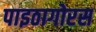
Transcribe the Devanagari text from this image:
पाइठागोरस